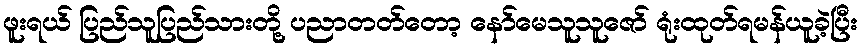
ဖူးရယ် ပြည်သူပြည်သားတို့ ပညာတတ်တော့ နော်မေသူသူဇော် ရုံးထုတ်ရမန်ယူခဲ့ပြီး